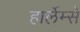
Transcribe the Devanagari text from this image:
हार्लेम्से